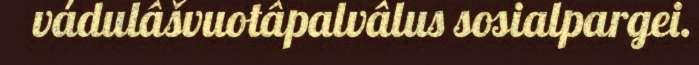
vádulâšvuotâpalvâlus sosialpargei.